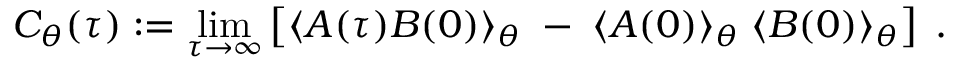
C _ { \theta } ( \tau ) : = \operatorname * { l i m } _ { \tau \rightarrow \infty } \left[ \langle { \cal A } ( \tau ) { \cal B } ( 0 ) \rangle _ { \theta } \; - \; \langle { \cal A } ( 0 ) \rangle _ { \theta } \; \langle { \cal B } ( 0 ) \rangle _ { \theta } \right] \; .